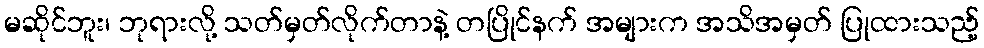
မဆိုင်ဘူး၊ ဘုရားလို့ သတ်မှတ်လိုက်တာနဲ့ တပြိုင်နက် အများက အသိအမှတ် ပြုထားသည့်